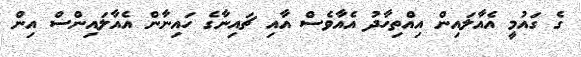
ގެ ގައުމީ އެއާލައިން އިއްތިހާދު އެއާވެސް އާއި ޗައިނާގެ ހައިނާން އެއާލައިންސް އިން